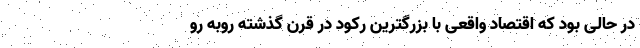
در حالی بود که اقتصاد واقعی با بزرگترین رکود در قرن گذشته روبه رو